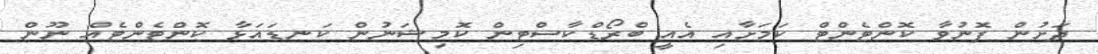
ދަށުން ފޮނުވާ ކޮންޓެންޓް ކަމަށާއި އެއީ ބްރޯޑްކާސްޓިން ކޮމިޝަނުން ކަނޑައަޅާ ކޮންޓެންޓެއް ނޫން